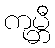
ကုမ္ဘီ